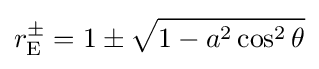
r_{\rm {E}}^{\pm }=1\pm {\sqrt {1-a^{2}\cos ^{2}\theta }}